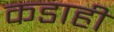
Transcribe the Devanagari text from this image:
कडाही